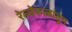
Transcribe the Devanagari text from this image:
रेल्वेरूळांतून